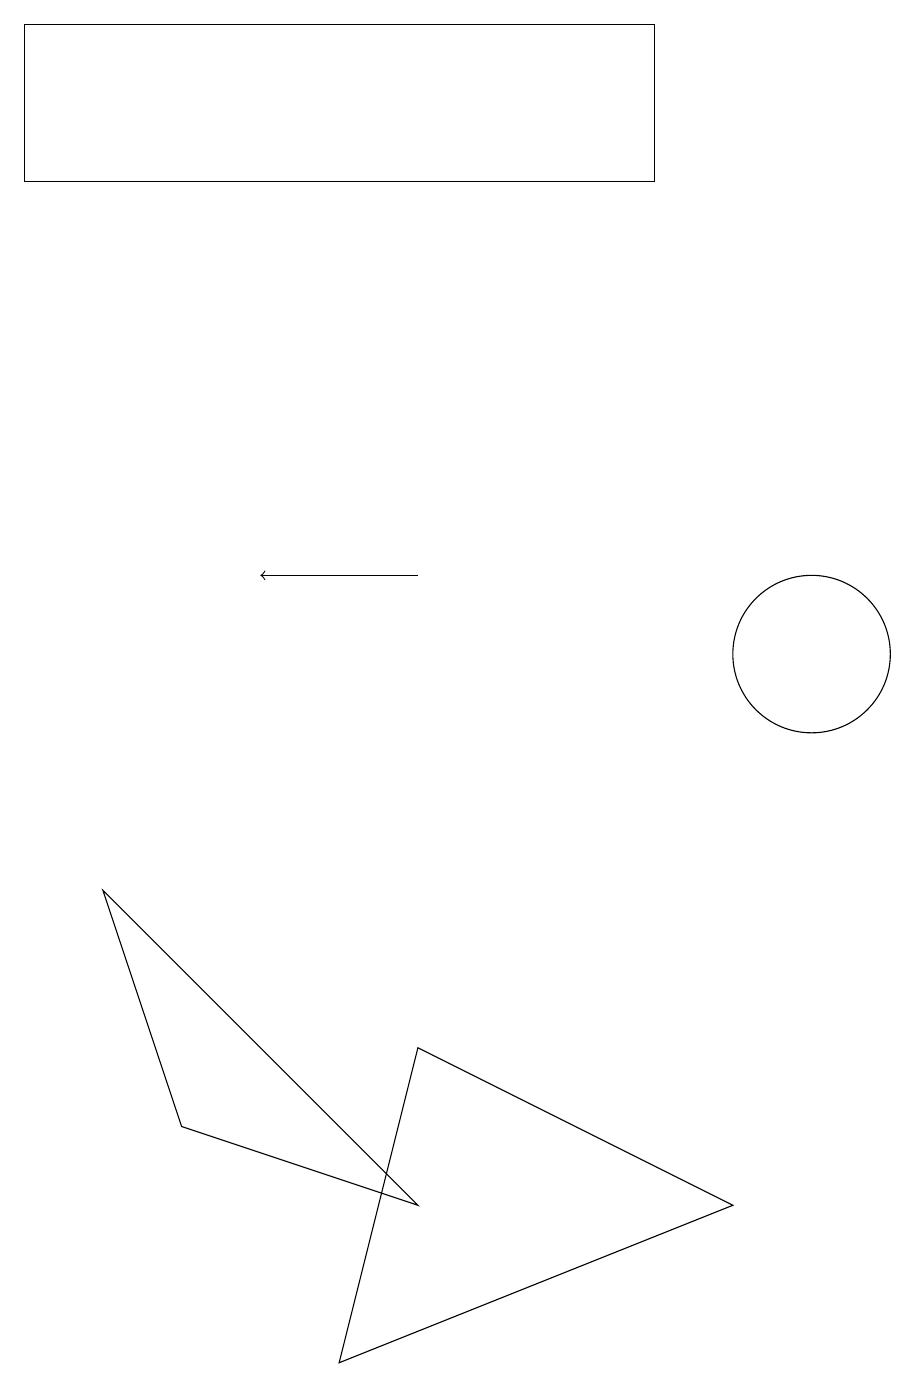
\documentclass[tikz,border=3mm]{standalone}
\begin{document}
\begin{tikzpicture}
\draw (8,16) rectangle (0,18);
\draw (10,10) circle (1);
\draw (4,1) -- (5,5) -- (9,3) -- cycle;
\draw (5,3) -- (1,7) -- (2,4) -- cycle;
\draw[->] (5,11) -- (3,11);
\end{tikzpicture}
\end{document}